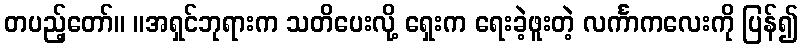
တပည့်တော်။ ။အရှင်ဘုရားက သတိပေးလို့ ရှေးက ရေးခဲ့ဖူးတဲ့ လင်္ကာကလေးကို ပြန်၍